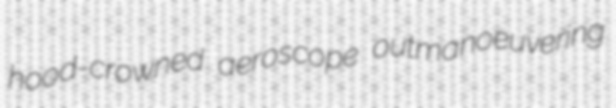
hood-crowned aeroscope outmanoeuvering